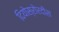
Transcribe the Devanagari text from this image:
दियोस्रोरदीस